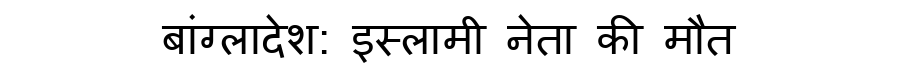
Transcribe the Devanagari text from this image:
बांग्लादेश: इस्लामी नेता की मौत